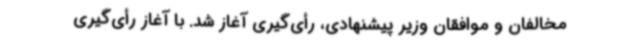
مخالفان و موافقان وزیر پیشنهادی، رأی‌گیری آغاز شد. با آغاز رأی‌گیری